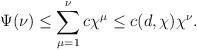
LaTeX: \begin{align*}\Psi(\nu) \leq \sum_{\mu=1}^\nu c \chi^\mu \leq c(d, \chi) \chi^\nu.\end{align*}